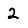
Digit: 2